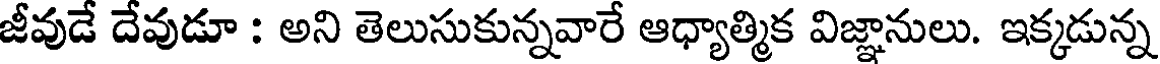
జీవుడే దేవుడూ : అని తెలుసుకున్నవారే ఆధ్యాత్మిక విజ్ఞానులు. ఇక్కడున్న